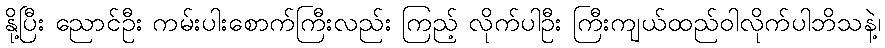
နို့ပြီး ညောင်ဦး ကမ်းပါးစောက်ကြီးလည်း ကြည့် လိုက်ပါဦး ကြီးကျယ်ထည်ဝါလိုက်ပါဘိသနဲ့၊